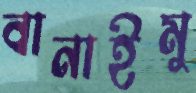
বানাইমু